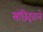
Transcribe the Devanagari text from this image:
संछिद्रवाले